Vaccination in Bombay 1869-1873 - 1869-1873
Year: 1869
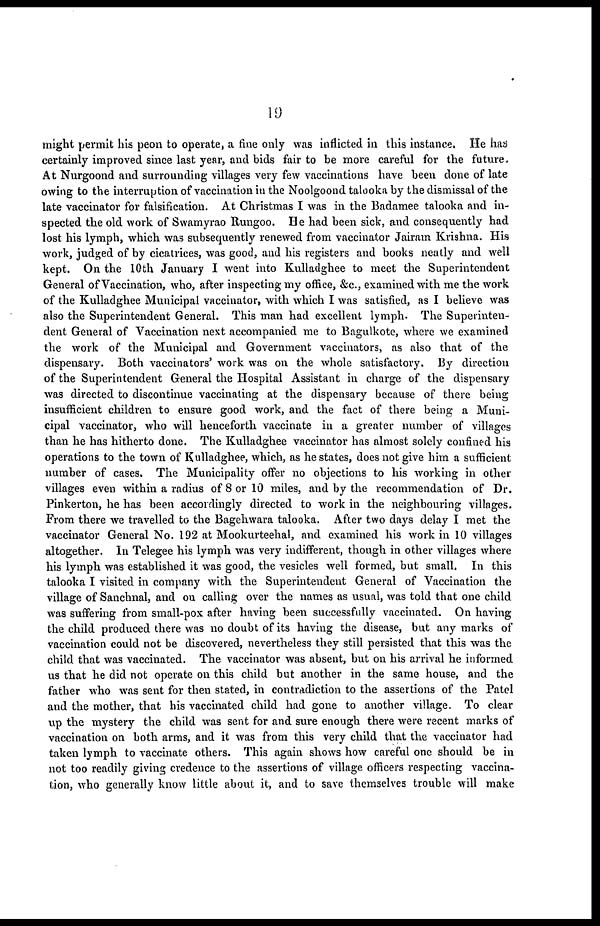
19
might permit his peon to operate, a fine only was inflicted in this instance, He has
certainly improved since last year, and bids fair to be more careful for the future.
At Nurgoond and surrounding villages very few vaccinations have been done of late
owing to the interruption of vaccination in the Noolgoond talooka by the dismissal of the
late vaccinator for falsification. At Christmas I was in the Badamee talooka and in-
spected the old work of Swamyrao Rungoo. He had been sick, and consequently had
lost his lymph, which was subsequently renewed from vaccinator Jairam Krishna. His
work, judged of by cicatrices, was good, and his registers and books neatly and well
kept. On the 10th January I went into Kulladghee to meet the Superintendent
General of Vaccination, who, after inspecting my office, &c., examined with me the work
of the Kulladghee Municipal vaccinator, with which I was satisfied, as I believe was
also the Superintendent General. This man had excellent lymph. The Superinten-
dent General of Vaccination next accompanied me to Bagulkote, where we examined
the work of the Municipal and Government vaccinators, as also that of the
dispensary. Both vaccinators' work was on the whole satisfactory. By direction
of the Superintendent General the Hospital Assistant in charge of the dispensary
was directed to discontinue vaccinating at the dispensary because of there being
insufficient children to ensure good work, and the fact of there being a Muni-
cipal vaccinator, who will henceforth vaccinate in a greater number of villages
than he has hitherto done. The Kulladghee vaccinator has almost solely confined his
operations to the town of Kulladghee, which, as he states, does not give him a sufficient
number of cases. The Municipality offer no objections to his working in other
villages even within a radius of 8 or 10 miles, and by the recommendation of Dr.
Pinkerton, he has been accordingly directed to work in the neighbouring villages.
From there we travelled to the Bagehwara talooka. After two days delay I met the
vaccinator General No. 192 at Mookurteehal, and examined his work in 10 villages
altogether. In Telegee his lymph was very indifferent, though in other villages where
his lymph was established it was good, the vesicles well formed, but small. In this
talooka I visited in company with the Superintendent General of Vaccination the
village of Sanchnal, and on calling over the names as usual, was told that one child
was suffering from small-pox after having been successfully vaccinated. On having
the child produced there was no doubt of its having the disease, but any marks of
vaccination could not be discovered, nevertheless they still persisted that this was the
child that was vaccinated. The vaccinator was absent, but on his arrival he informed
us that he did not operate on this child but another in the same house, and the
father who was sent for then stated, in contradiction to the assertions of the Patel
and the mother, that his vaccinated child had gone to another village. To clear
up the mystery the child was sent for and sure enough there were recent marks of
vaccination on both arms, and it was from this very child that the vaccinator had
taken lymph to vaccinate others. This again shows how careful one should be in
not too readily giving credence to the assertions of village officers respecting vaccina-
tion, who generally know little about it, and to save themselves trouble will make